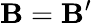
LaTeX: \mathbf{B}=\mathbf{B}^{\prime}